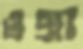
ওগ্‌রা